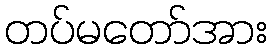
တပ်မတော်အား